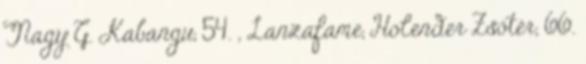
Nagy G. Kabangu, 54. , Lanzafame, Holender Zsótér, 66.